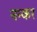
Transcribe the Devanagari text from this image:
नन्कर